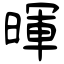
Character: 暉